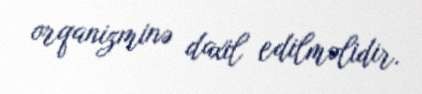
orqanizminə daxil edilməlidir.